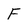
Character: F